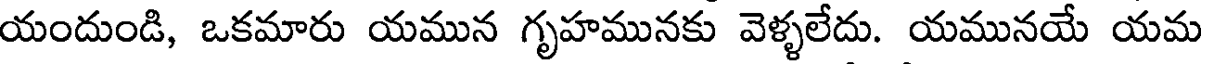
యందుండి, ఒకమారు యమున గృహమునకు వెళ్ళలేదు. యమునయే యమ